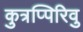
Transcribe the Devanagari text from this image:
कुत्रप्पिरिवु